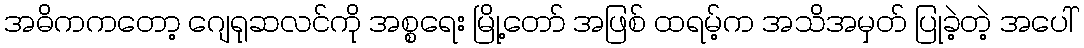
အဓိကကတော့ ဂျေရုဆလင်ကို အစ္စရေး မြို့တော် အဖြစ် ထရမ့်က အသိအမှတ် ပြုခဲ့တဲ့ အပေါ်